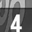
Digit: 4